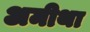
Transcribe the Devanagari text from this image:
अमीथा